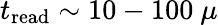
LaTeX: t_{\mathrm{read}}\sim 10-100~\mu